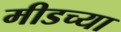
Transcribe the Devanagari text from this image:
मीडच्या